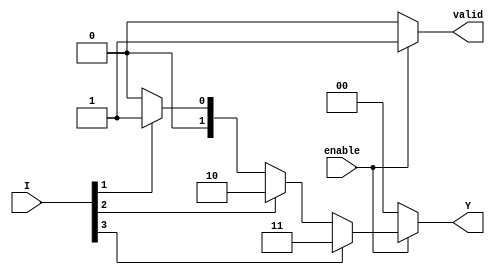
module encoder_4to2 (
    input wire [3:0] I,      // 4 input lines
    input wire enable,       // Enable signal
    output reg [1:0] Y,      // 2 output lines
    output reg valid         // Output valid signal
);

always @(*) begin
    if (!enable) begin
        Y = 2'b00;           // Default output when not enabled
        valid = 1'b0;       // Output is not valid
    end else begin
        valid = 1'b1;       // Output is valid
        case (1'b1)         // Check for active inputs
            I[3]: Y = 2'b11; // Input I3 active
            I[2]: Y = 2'b10; // Input I2 active
            I[1]: Y = 2'b01; // Input I1 active
            I[0]: Y = 2'b00; // Input I0 active
            default: Y = 2'b00; // No inputs active
        endcase
    end
end

endmodule